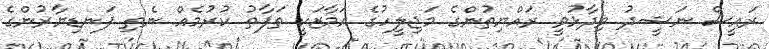
ރައީސް ނަޝީދު ވިދާޅުވީ ރައްޔިތުންގެ މަޖިލީހުގެ އަމާޒަކީ ތަފާތު ކުރުމެއް ނެތި ފަނޑިޔާރުންގެ